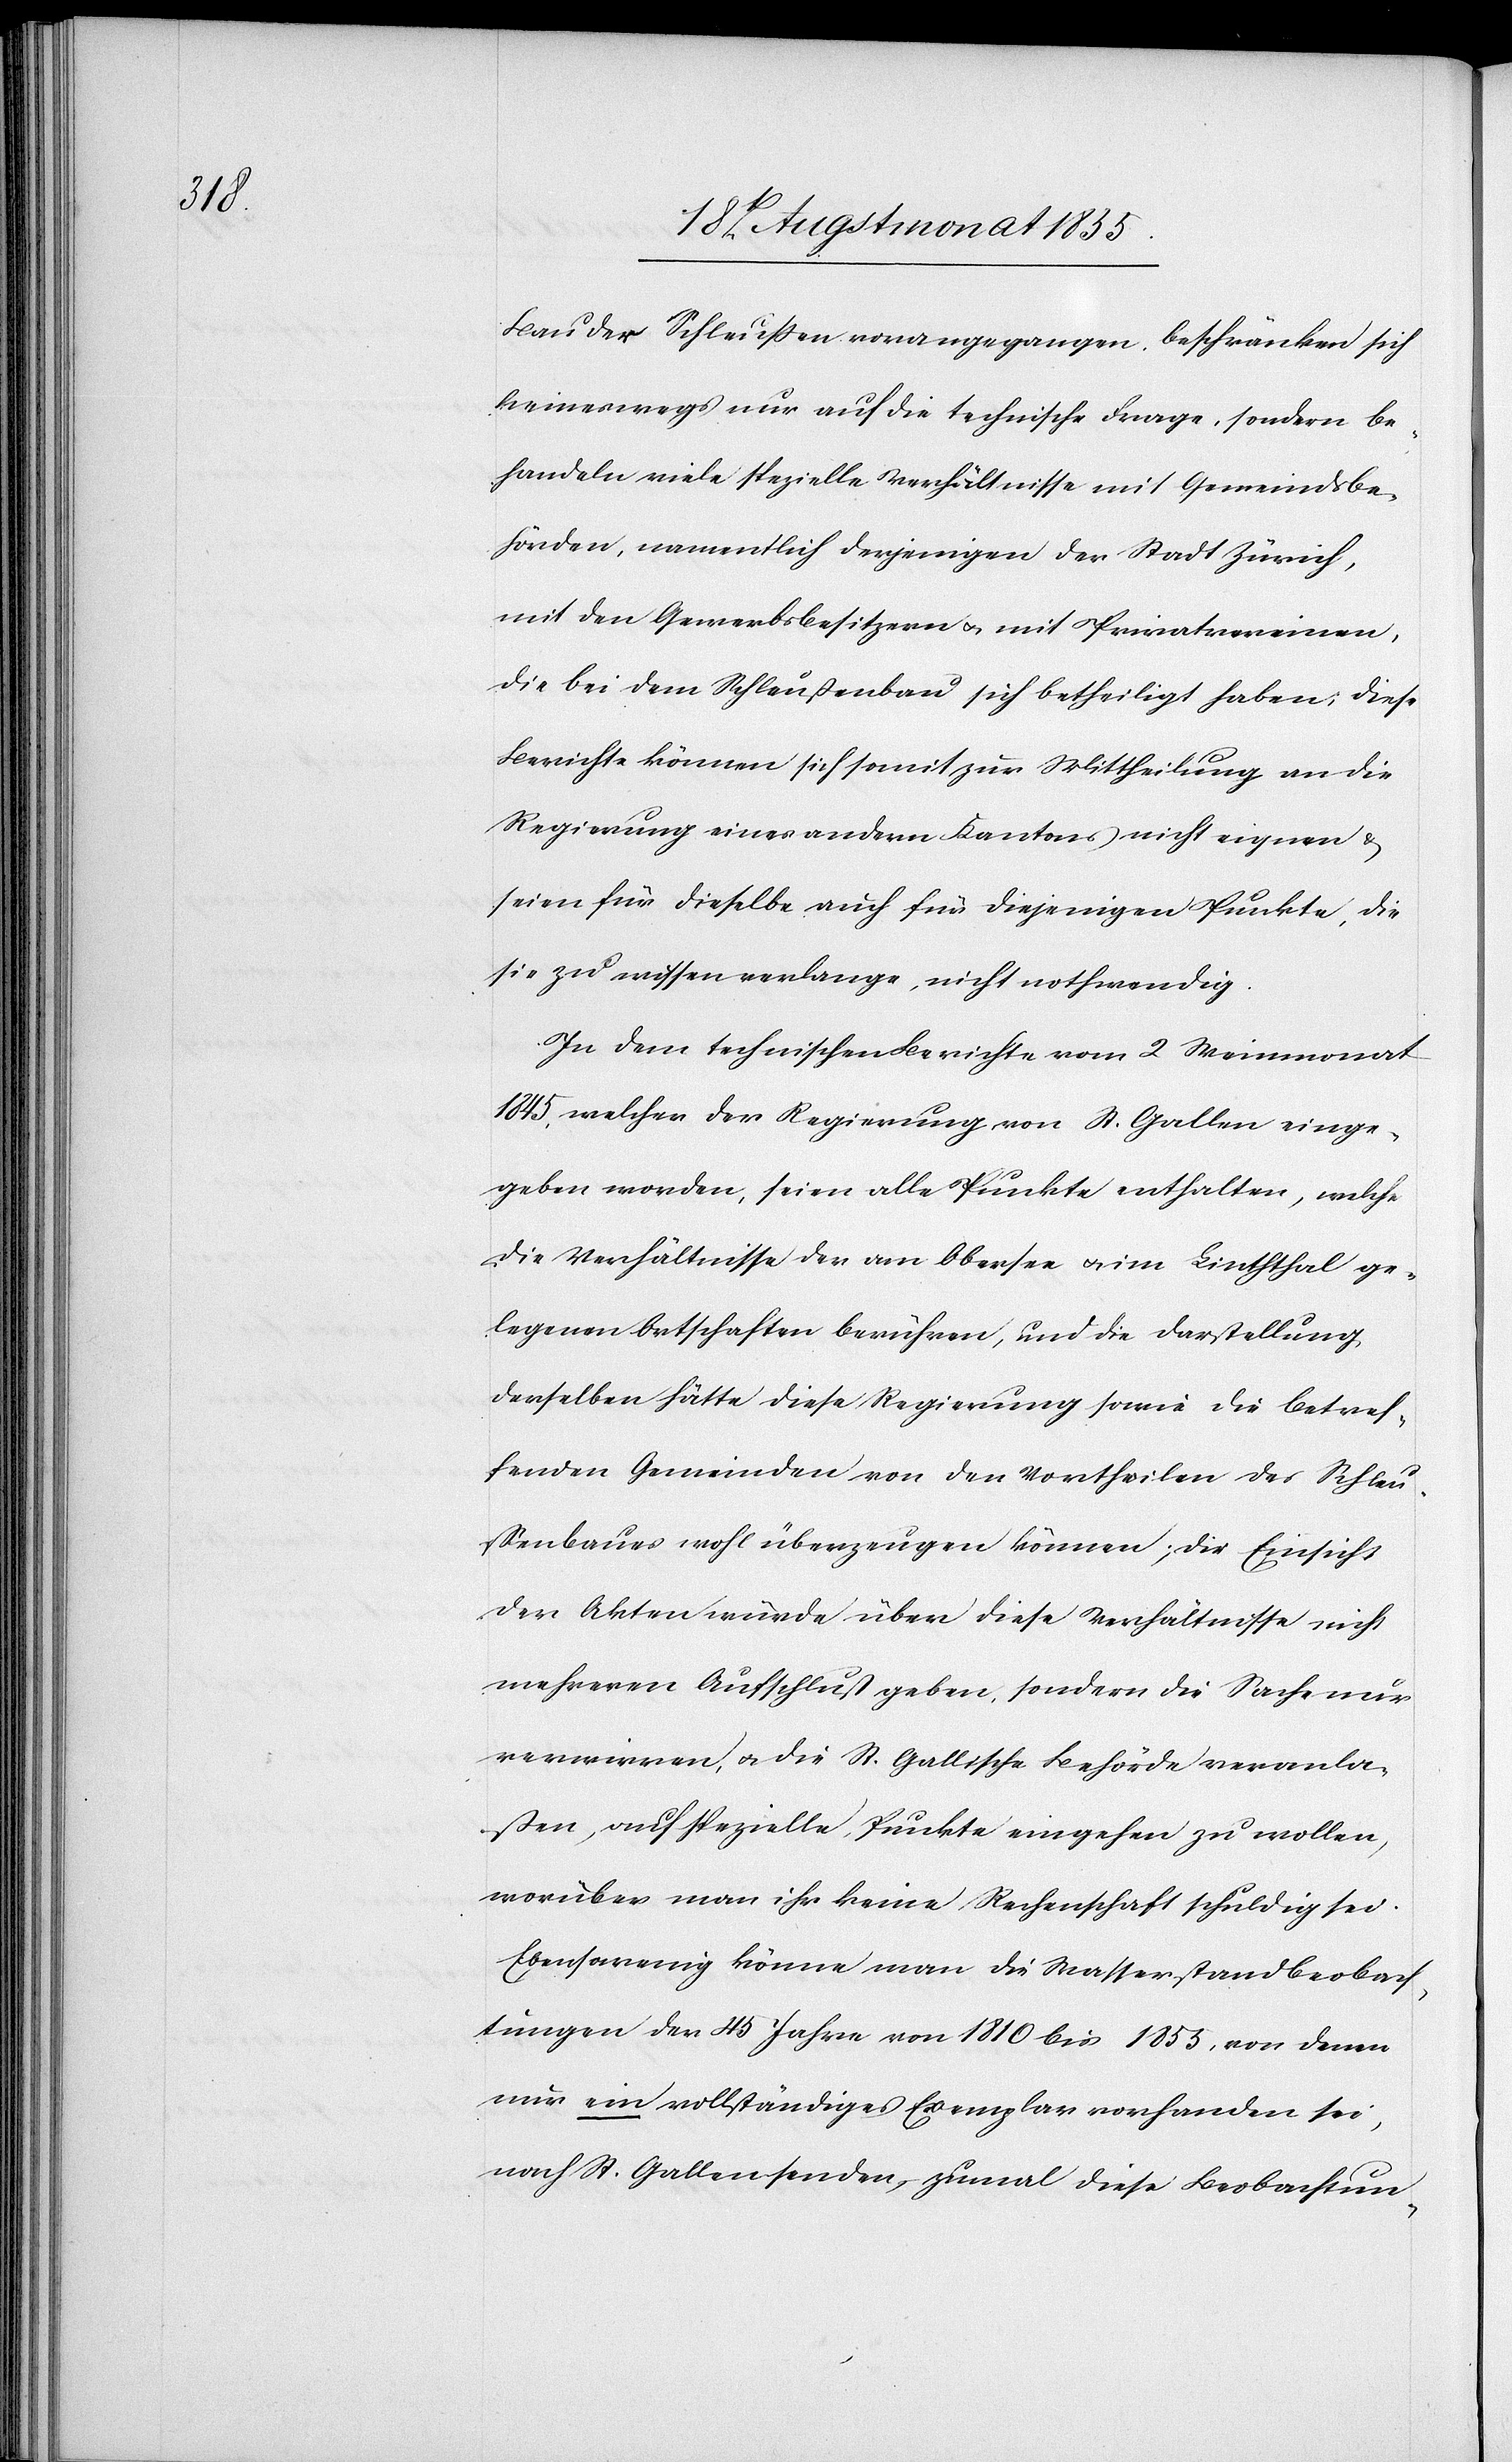
Bau der Schleussen vorangegangen, beschränken sich
keineswegs nur auf die technische Frage, sondern be¬
handeln viele spezielle Verhältnisse mit Gemeindsbe¬
hörden, namentlich derjenigen der Stadt Zürich,
mit den Gewerbsbesitzern & mit Privatvereinen,
die bei dem Schleußenbau sich betheiligt haben; diese
Berichte können sich somit zur Mittheilung an die
Regierung eines andern Kantons nicht eignen &
seien für dieselbe auch für diejenigen Punkte, die
sie zu wissen verlange, nicht nothwendig.
In dem technischen Berichte vom 2 Weinmonat
1845, welcher der Regierung von St. Gallen einge¬
geben worden, seien alle Punkte enthalten, welche
die Verhältnisse der am Obersee & im Linththal ge¬
legenen Ortschaften berühren, und die Darstellung
derselben hätte diese Regierung sowie die betref¬
fenden Gemeinden von den Vortheilen des Schleu¬
ßenbaues wohl überzeugen können; die Einsicht
der Akten würde über diese Verhältnisse nicht
mehreren Aufschluß geben, sondern die Sache nur
verwirren, & die St. Gallische Behörde veranla¬
ßen, auf spezielle Punkte eingehen zu wollen,
worüber man ihr keine Rechenschaft schuldig sei.
Ebensowenig könne man die Wasserstandbeobach¬
tungen der 45 Jahre von 1810 bis 1855, von denen
nur ein vollständiges Exemplar vorhanden sei,
nach St. Gallen senden, – zumal diese Beobachtun-